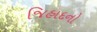
જિહાદનો